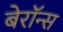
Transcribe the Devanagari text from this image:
बेरॉन्स